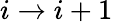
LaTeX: i\rightarrow i+1